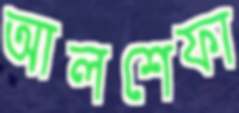
আলশেফা